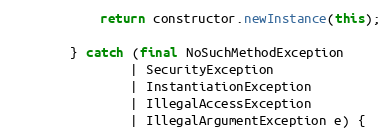
Language: Java
            return constructor.newInstance(this);

        } catch (final NoSuchMethodException
                | SecurityException
                | InstantiationException
                | IllegalAccessException
                | IllegalArgumentException e) {